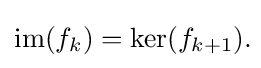
\mathrm {im} (f_{k})=\mathrm {ker} (f_{k+1}).\!